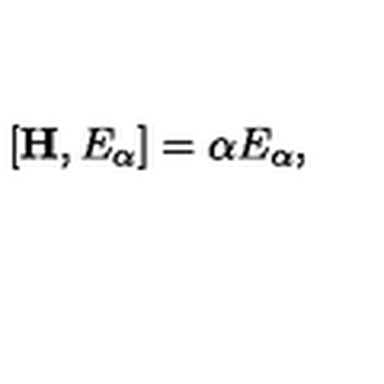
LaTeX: [ { \bf H } , E _ { \mathrm { \boldmath \alpha } } ] = { \mathrm { \boldmath \alpha } } E _ { \mathrm { \boldmath \alpha } } ,